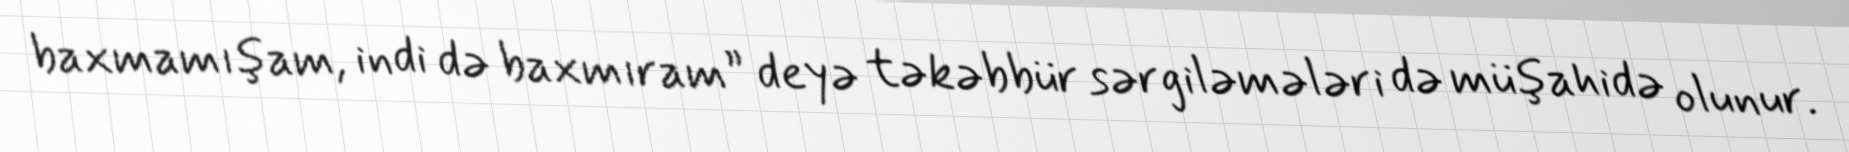
baxmamışam, indi də baxmıram” deyə təkəbbür sərgiləmələri də müşahidə olunur.